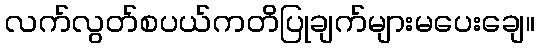
လက်လွတ်စပယ်ကတိပြုချက်များမပေးချေ။